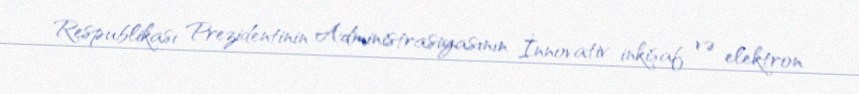
Respublikası Prezidentinin Administrasiyasının İnnovativ inkişaf və elektron